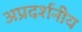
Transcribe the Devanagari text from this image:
अप्रदर्शनीय